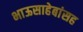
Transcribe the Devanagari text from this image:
भाऊसाहेबांसह